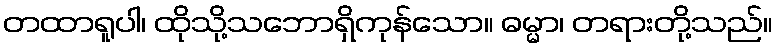
တထာရူပါ၊ ထိုသို့သဘောရှိကုန်သော။ ဓမ္မာ၊ တရားတို့သည်။